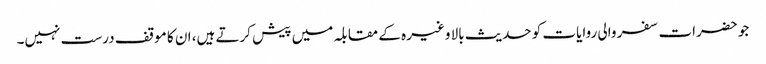
جو حضرات سفر والی روایات کو حدیث بالا وغیرہ کے مقابلہ میں پیش کرتے ہیں، ان کا موقف درست نہیں۔